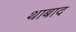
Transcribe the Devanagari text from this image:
थाबाद